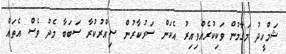
ޝަމްހީދު މަގާމުން ވަކިކުރެއްވިއިރު އެކަން ސަރުކާރުން ސިއްރުކުރާ ސަބަބާ މެދު ވެސް އެތައް